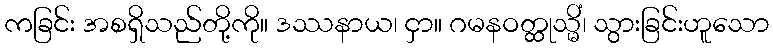
ကခြင်း အစရှိသည်တို့ကို။ ဒဿနာယ၊ ငှာ။ ဂမနဝတ္ထုသ္မိံ၊ သွားခြင်းဟူသော